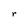
Character: r